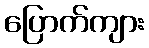
ပြောက်ကျား